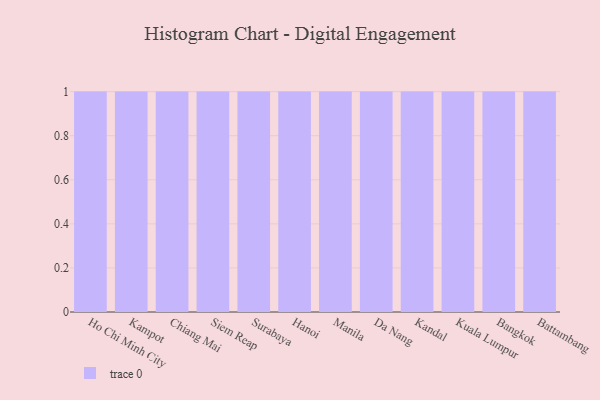
{"axis": {"x": "City", "y": "LTV (USD)"}, "legend": [""], "data": [{"x": "Ho Chi Minh City", "y": 22, "type": ""}, {"x": "Kampot", "y": 92, "type": ""}, {"x": "Chiang Mai", "y": 95, "type": ""}, {"x": "Siem Reap", "y": 27, "type": ""}, {"x": "Surabaya", "y": 37, "type": ""}, {"x": "Hanoi", "y": 76, "type": ""}, {"x": "Manila", "y": 60, "type": ""}, {"x": "Da Nang", "y": 62, "type": ""}, {"x": "Kandal", "y": 48, "type": ""}, {"x": "Kuala Lumpur", "y": 99, "type": ""}, {"x": "Bangkok", "y": 96, "type": ""}, {"x": "Battambang", "y": 33, "type": ""}]}